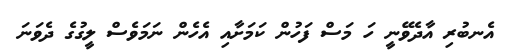
އެނބުރި އާދެވޭނީ ހަ މަސް ފަހުން ކަމަށާއި އެހެން ނަމަވެސް ލީގުގެ ދެވަނަ